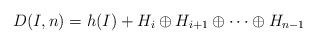
LaTeX: \begin{align*}D(I, n) = h(I) + H_i \oplus H_{i+1} \oplus \cdots \oplus H_{n - 1}\end{align*}